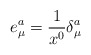
\begin{align*}e^{a}_{\mu} = \frac{1}{x^0} \delta^{a}_{\mu}\end{align*}